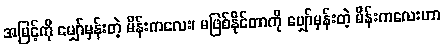
အမြင့်ကို မျှော်မှန်းတဲ့ မိန်းကလေး၊ မဖြစ်နိုင်တာကို မျှော်မှန်းတဲ့ မိန်းကလေးဟာ